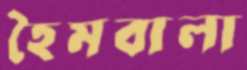
হৈমবালা